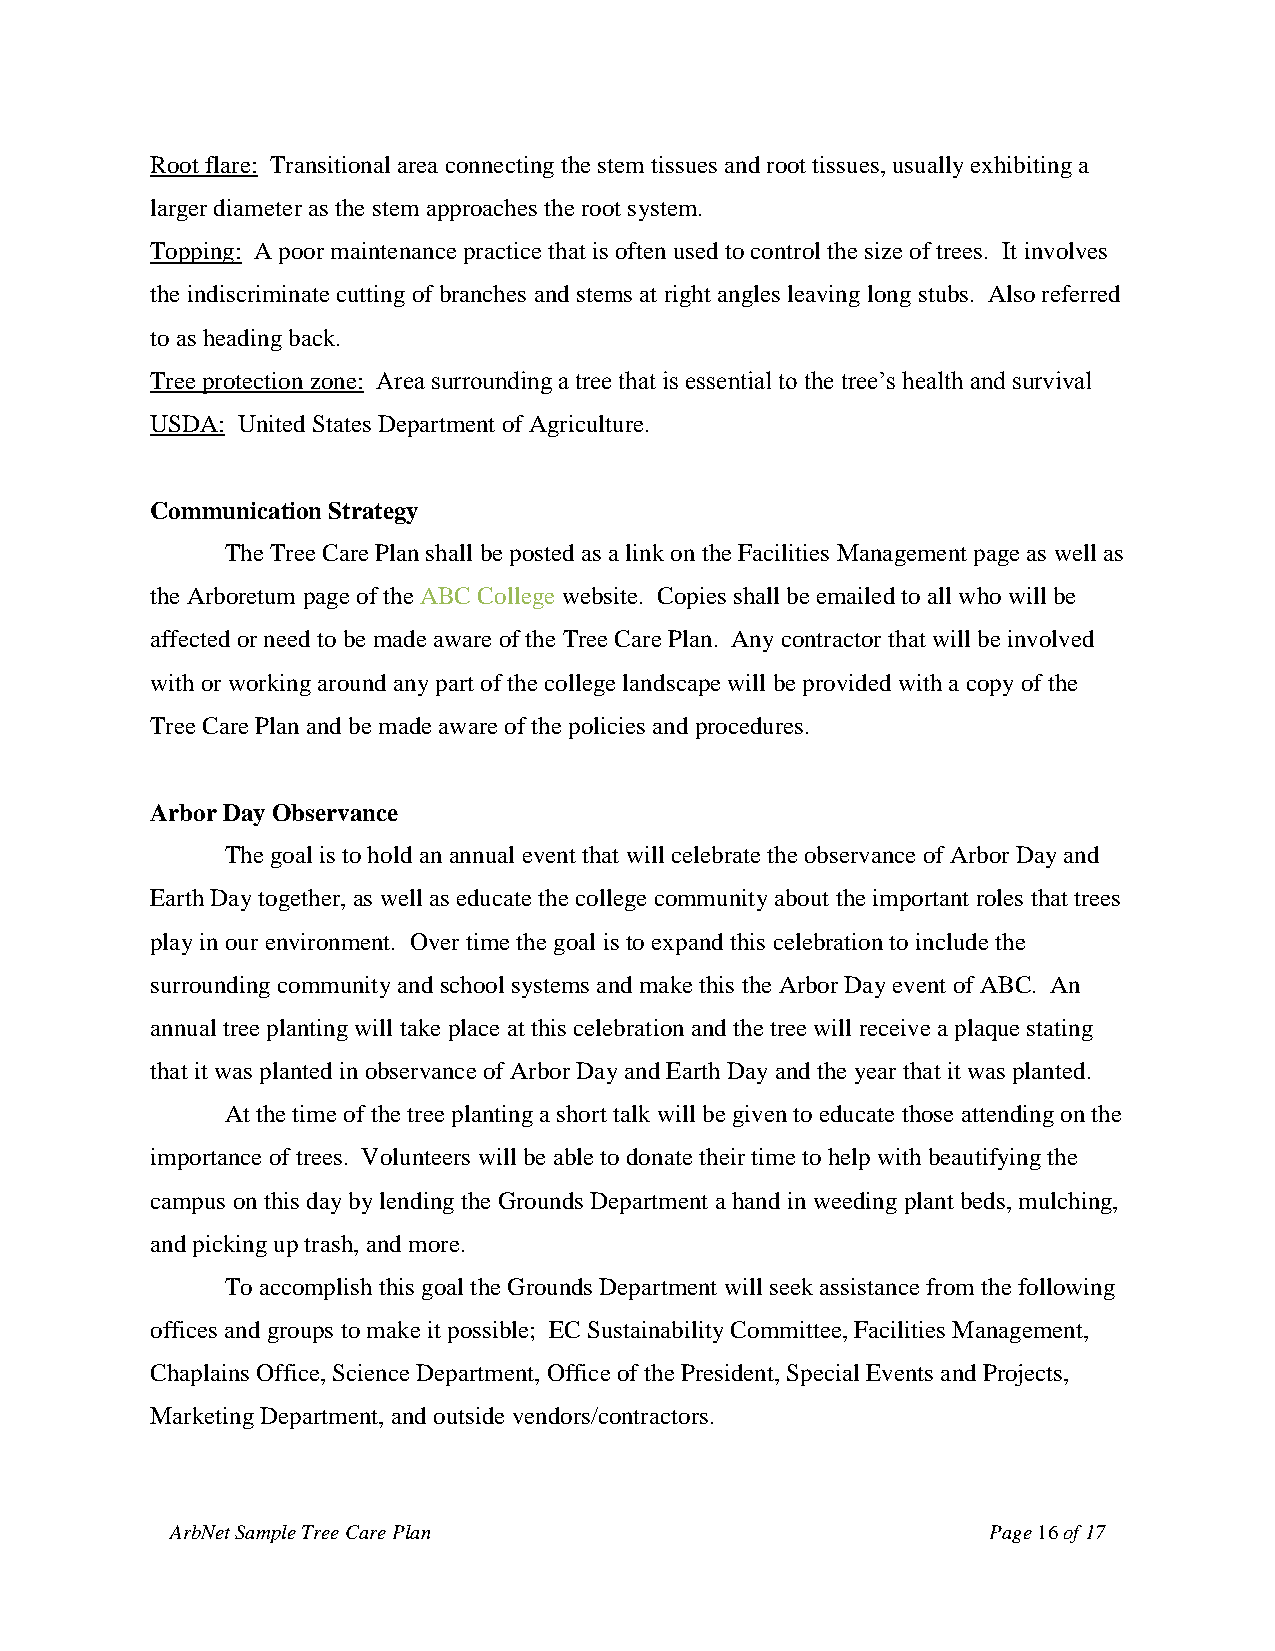
Root flare: Transitional area connecting the stem tissues and root tissues, usually exhibiting a
 larger diameter as the stem approaches the root system.
 Topping: A poor maintenance practice that is often used to control the size of trees. It involves
 the indiscriminate cutting of branches and stems at right angles leaving long stubs. Also referred
 to as heading back.
 Tree protection zone: Area surrounding a tree that is essential to the tree’s health and survival
 USDA: United States Department of Agriculture.
 Communication Strategy
 The Tree Care Plan shall be posted as a link on the Facilities Management page as well as
 the Arboretum page of the ABC College website. Copies shall be emailed to all who will be
 affected or need to be made aware of the Tree Care Plan. Any contractor that will be involved
 with or working around any part of the college landscape will be provided with a copy of the
 Tree Care Plan and be made aware of the policies and procedures.
 Arbor Day Observance
 The goal is to hold an annual event that will celebrate the observance of Arbor Day and
 Earth Day together, as well as educate the college community about the important roles that trees
 play in our environment. Over time the goal is to expand this celebration to include the
 surrounding community and school systems and make this the Arbor Day event of ABC. An
 annual tree planting will take place at this celebration and the tree will receive a plaque stating
 that it was planted in observance of Arbor Day and Earth Day and the year that it was planted.
 At the time of the tree planting a short talk will be given to educate those attending on the
 importance of trees. Volunteers will be able to donate their time to help with beautifying the
 campus on this day by lending the Grounds Department a hand in weeding plant beds, mulching,
 and picking up trash, and more.
 To accomplish this goal the Grounds Department will seek assistance from the following
 offices and groups to make it possible; EC Sustainability Committee, Facilities Management,
 Chaplains Office, Science Department, Office of the President, Special Events and Projects,
 Marketing Department, and outside vendors/contractors.
 ArbNet Sample Tree Care Plan                          Page 16 of 17